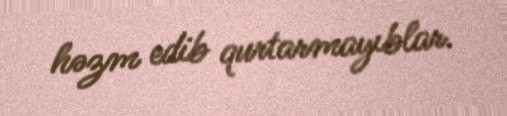
həzm edib qurtarmayıblar.